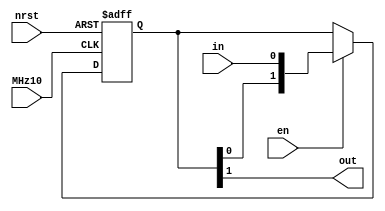
`default_nettype none
module sync (
	MHz10,
	nrst,
	en,
	in,
	out
);
	reg _sv2v_0;
	input wire MHz10;
	input wire nrst;
	input wire en;
	input wire in;
	output wire out;
	reg [1:0] delay;
	reg [1:0] next_delay;
	always @(posedge MHz10 or negedge nrst)
		if (!nrst)
			delay <= 2'b00;
		else if (en)
			delay <= next_delay;
	assign out = delay[1];
	always @(*) begin
		if (_sv2v_0)
			;
		next_delay = delay;
		if (en)
			next_delay = {delay[0], in};
	end
	initial _sv2v_0 = 0;
endmodule